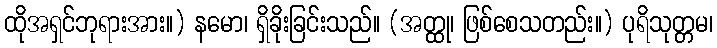
ထိုအရှင်ဘုရားအား။) နမော၊ ရှိခိုးခြင်းသည်။ (အတ္ထု၊ ဖြစ်စေသတည်း။) ပုရိသုတ္တမ၊